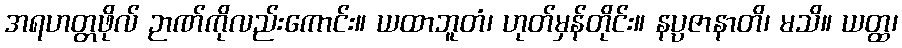
အရဟတ္တဖိုလ် ဉာဏ်ကိုလည်းကောင်း။ ယထာဘူတံ၊ ဟုတ်မှန်တိုင်း။ နပ္ပဇာနာတိ၊ မသိ။ ယတ္ထ၊